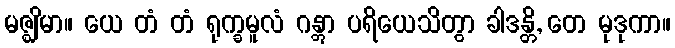
မဇ္ဈိမာ။ ယေ တံ တံ ရုက္ခမူလံ ဂန္တွာ ပရိယေသိတွာ ခါဒန္တိ, တေ မုဒုကာ။